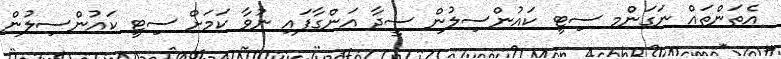
އެތަންތައް ނަގަންމ ސިޓީ ކައުންސިލުން ސީދާ އަންގާފައި ނުވާ ކަމަށް ސިޓީ ކައުންސިލުން